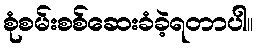
စုံစမ်းစစ်ဆေးခံခဲ့ရတာပါ။